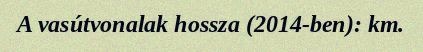
A vasútvonalak hossza (2014-ben): km.